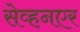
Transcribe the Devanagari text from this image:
सेव्हनएर